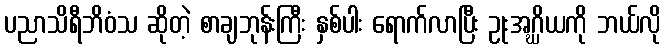
ပညာသိရီဘိဝံသ ဆိုတဲ့ စာချဘုန်းကြီး နှစ်ပါး ရောက်လာပြီး ဥုးအဂ္ဃိယကို ဘယ်လို